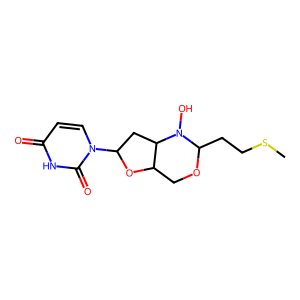
SMILES: CSCCC1OCC2OC(n3ccc(=O)[nH]c3=O)CC2N1O
Inhibits HIV replication: No